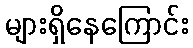
များရှိနေကြောင်း